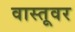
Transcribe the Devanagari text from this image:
वास्तूवर